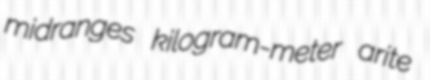
midranges kilogram-meter arite